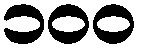
၁၀၀